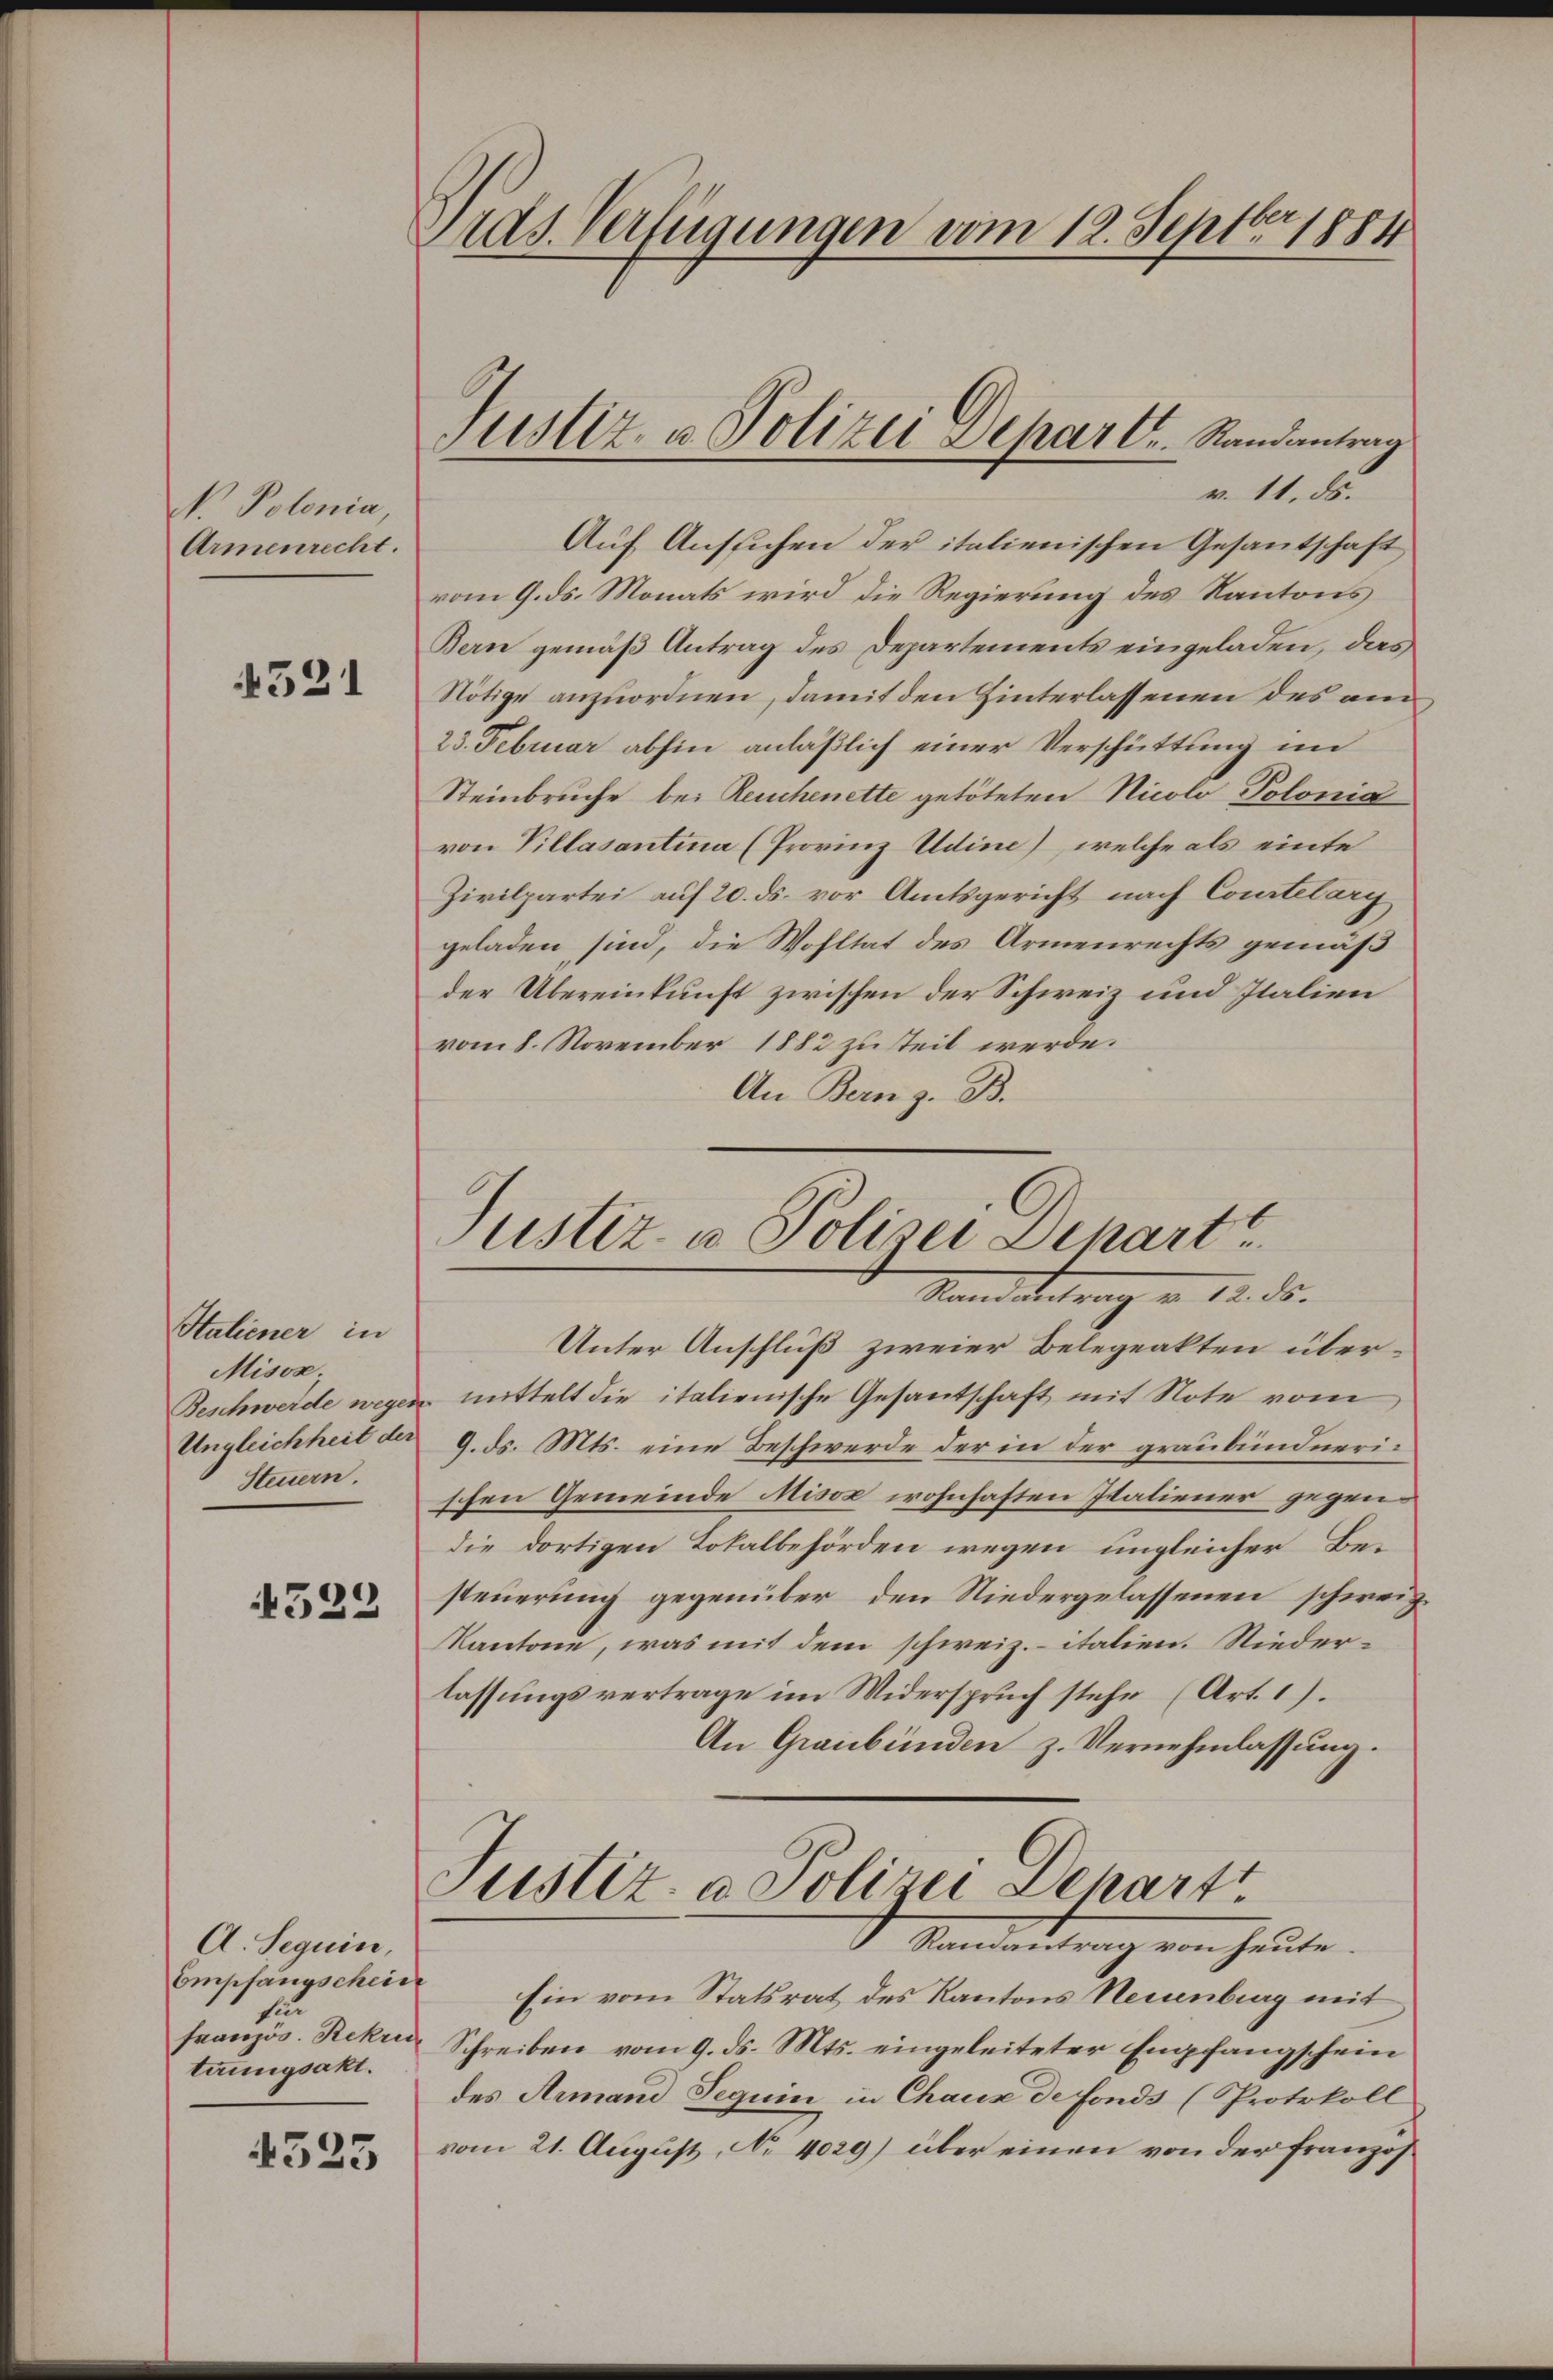
No Polonia
Armenrecht.

4521

Staliener in
Misox
Beschwerde wegen
Ungleichheit der
Steuern.

4522

A. Seguin,
Empfangschein
für
französ. Rekru
terungsakt.

4325

Ards. Verfügungen vom 12. Septbr. 1881

v. 11. ds.
Auf Ansuchen der italienischen Gesantschaft
vom 9. ds. Monats wird die Regierung des Kantons
Bern gemäß Antrag des Departements eingeladen, das
Nötige anzuordnen, damit den Hinterlassenen des am
23. Februar abhin anläßlich einer Verschüttung im
Steinbruche bei Reuchenette getöteten Nicolo Polonia
von Villasantina (Provinz Udine), welche als einte
Zivilpartei auf 20. ds. vor Amtsgericht nach Courtelary
geladen sind, die Wohltat des Armenrechts gemäß
der Übereinkunft zwischen der Schweiz und Italien
vom 8. November 1882 zu teil werde.
An Bern z. B.

Justiz- u. Polizei Depar l.  Randantrag

Justiz- u Polizei Depart
Stand an
12. ds.
e
.

Unter Anschluß zweier Belegeakten übermittelt die italienische Gesantschaft mit Note vom
9. ds. Mts. eine Beschwerde der in der graubündnerischen Gemeinde Misox wohnhaften Italiener gegendie dortigen Lokalbehörden wegen ungleicher Be-
steuerung gegenüber den Niedergelassenen schweiz
Kantone, was mit dem schweiz. italien. Niederlassungsvertrage im Widerspruch stehe (Art. 1).
An Graubünden z. Vernehmlassung.
Justiz- & Polizei Departt
Randantrag von heute.
Ein vom Statsrat des Kantons Neuenburg mit
Schreiben vom 9. ds. Mts. eingeleiteter Empfangschein
des Armand Teguin in Chaus de fonds (Protokoll
vom 21. August, No 4029) über einen von der Franzos¬